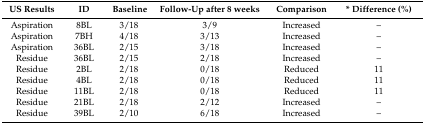
| US Results | ID | Baseline | Follow-Up after 8 weeks | Comparison | * Difference (%) |
 | --- | --- | --- | --- | --- | --- |
 | Aspiration | 8BL | 3/18 | 3/9 | Increased | – |
 | Aspiration | 7BH | 4/18 | 3/13 | Increased | – |
 | Aspiration | 36BL | 2/15 | 3/18 | Increased | – |
 | Residue | 36BL | 2/15 | 2/18 | Increased | – |
 | Residue | 2BL | 2/18 | 0/18 | Reduced | 11 |
 | Residue | 4BL | 2/18 | 0/18 | Reduced | 11 |
 | Residue | 11BL | 2/18 | 0/18 | Reduced | 11 |
 | Residue | 21BL | 2/18 | 2/12 | Increased | – |
 | Residue | 39BL | 2/10 | 6/18 | Increased | – |